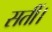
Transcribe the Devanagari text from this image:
सतीं।